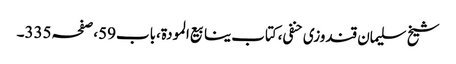
شیخ سلیمان قندوزی حنفی،کتاب ینابیع المودة،باب59،صفحہ335۔